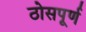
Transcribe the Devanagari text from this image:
ठोसपूर्ण